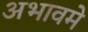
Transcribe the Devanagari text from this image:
अभावमे